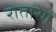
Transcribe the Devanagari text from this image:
रोतारेग्